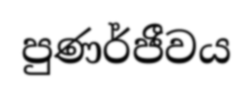
පුණර්ජීවය